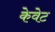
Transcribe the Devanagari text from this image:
केवेट